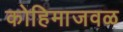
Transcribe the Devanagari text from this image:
कोहिमाजवळ